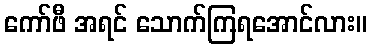
ကော်ဖီ အရင် သောက်ကြရအောင်လား။